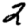
Digit: 2